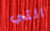
التي